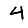
Digit: 4